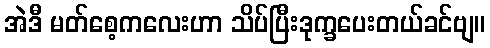
အဲဒီ မတ်စေ့ကလေးဟာ သိပ်ပြီးဒုက္ခပေးတယ်ခင်ဗျ။